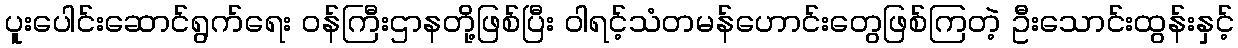
ပူးပေါင်းဆောင်ရွက်ရေး ဝန်ကြီးဌာနတို့ဖြစ်ပြီး ဝါရင့်သံတမန်ဟောင်းတွေဖြစ်ကြတဲ့ ဦးသောင်းထွန်းနှင့်